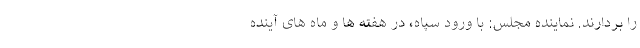
را بردارند. نماینده مجلس: با ورود سپاه، در هفته ها و ماه های آینده